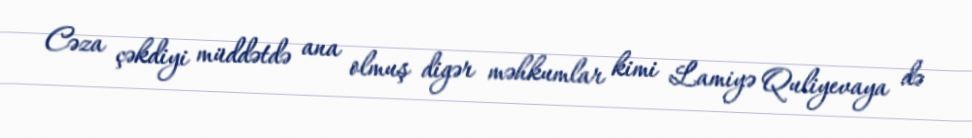
Cəza çəkdiyi müddətdə ana olmuş digər məhkumlar kimi Lamiyə Quliyevaya də